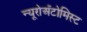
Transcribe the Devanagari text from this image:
न्यूरोअँटोमिस्ट